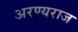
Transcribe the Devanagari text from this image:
अरण्यराज